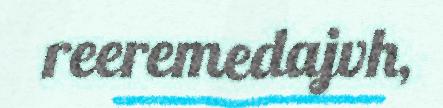
reeremedajvh,